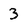
Character: 3